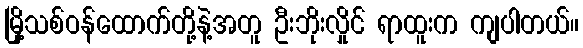
မြို့သစ်ဝန်ထောက်တို့နဲ့အတူ ဦးဘိုးလှိုင် ရာထူးက ကျပါတယ်။